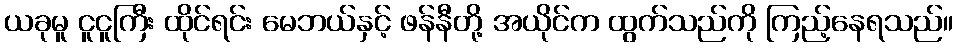
ယခုမူ ငူငူကြီး ထိုင်ရင်း မေဘယ်နှင့် ဖန်နီတို့ အယိုင်က ထွက်သည်ကို ကြည့်နေရသည်။